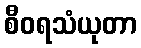
စီဝရသံယုတာ